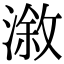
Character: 漵